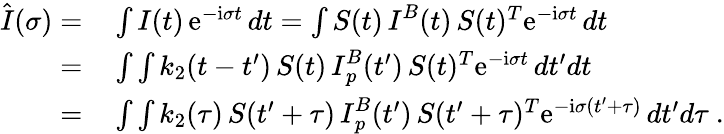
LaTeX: \begin{array}{rl}{\hat{\mathbf\cal I}(\sigma)=}&{{}\int{\mathbf\cal I}(t)\, \mathrm{e}^{-\mathrm{i}\sigma t}\, dt=\int{\mathbf\cal S}(t)\, {\mathbf\cal I}^{B}(t)\, {\mathbf\cal S}(t)^{T}\mathrm{e}^{-\mathrm{i}\sigma t}\, dt}\\ {=}&{{}\int\int k_{2}(t-t^{\prime})\, {\mathbf\cal S}(t)\, {\mathbf\cal I}_{p}^{B}(t^{\prime})\, {\mathbf\cal S}(t)^{T}\mathrm{e}^{-\mathrm{i}\sigma t}\, dt^{\prime}dt}\\ {=}&{{}\int\int k_{2}(\tau)\, {\mathbf\cal S}(t^{\prime}+\tau)\, {\mathbf\cal I}_{p}^{B}(t^{\prime})\, {\mathbf\cal S}(t^{\prime}+\tau)^{T}\mathrm{e}^{-\mathrm{i}\sigma(t^{\prime}+\tau)}\, dt^{\prime}d\tau\ .}\end{array}